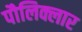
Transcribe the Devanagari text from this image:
पौलिक्लार